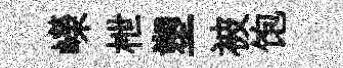
嶸枻塑被饱